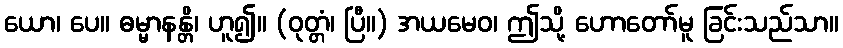
ယော၊ ပေ။ ဓမ္မာနန္တိ၊ ဟူ၍။ (ဝုတ္တံ၊ ပြီ။) အယမေဝ၊ ဤသို့ ဟောတော်မူ ခြင်းသည်သာ။